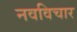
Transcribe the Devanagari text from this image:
नवविचार